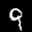
Label: 9